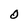
Character: O